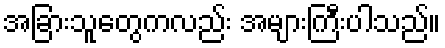
အခြားသူတွေကလည်း အများကြီးပါသည်။